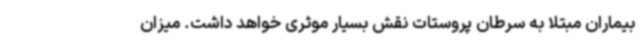
بیماران مبتلا به سرطان پروستات نقش بسیار موثری خواهد داشت. میزان